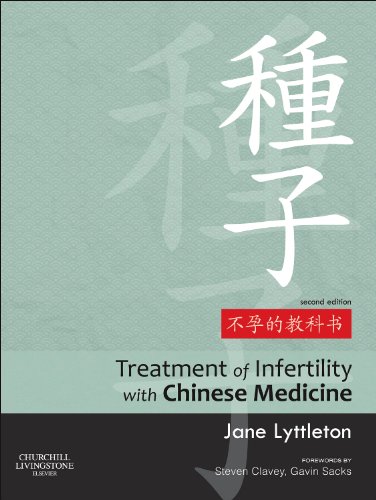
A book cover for Treatment of Infertility with Chinese Medicine, 2e; Jane Lyttleton BSc (Hons) (NZ) MPhil (UK) Dip TCM (Aus) Cert Acup (China) Cert Herbal Med (China); Parenting & Relationships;